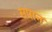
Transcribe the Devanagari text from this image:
सपान